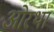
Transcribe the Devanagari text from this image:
ओरथा